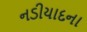
નડીયાદના